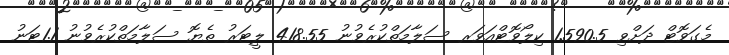
މެގަވޮޓް ދަށްވި 1